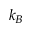
k _ { B }